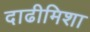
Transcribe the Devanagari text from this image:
दाढीमिशा